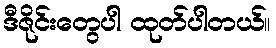
ဒီဇိုင်းတွေပါ ထုတ်ပါတယ်။